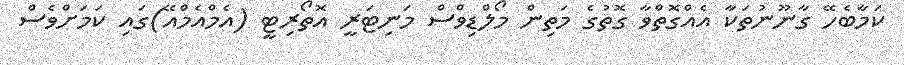
ކަމާބެހޭ ގާނޫނުތަކާ އެއްގޮތްވާ ގޮތުގެ މަތިން މޯލްޑިވްސް މަނިޓަރީ އޮތޯރިޓީ (އެމްއެމްއޭ)ގައި ކަމަށްވެސް